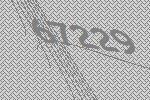
67229